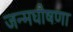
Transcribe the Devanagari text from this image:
जन्मघोषणा